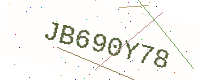
Text: JB690Y78